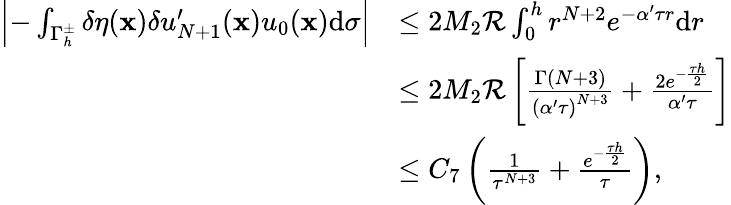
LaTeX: \begin{array}{rl}{\left|-\int_{{\Gamma_{h}^{\pm}}}\delta\eta(\mathbf x)\delta{u_{N+1}^{\prime}}(\mathbf x){u_{0}}(\mathbf x)\mathrm d\sigma\right|}&{\leq 2M_{2}\mathcal{R}\int_{0}^{h}{{r^{N+2}}{e^{-\alpha^{\prime}\tau r}}\mathrm dr}}\\ &{\leq 2M_{2}\mathcal{R}\left[{\frac{\Gamma(N+3)}{{{(\alpha^{\prime}\tau)}^{N+3}}}}+{\frac{2{e^{-{\frac{\tau h}{2}}}}}{\alpha^{\prime}\tau}}\right]}\\ &{\leq{C_{7}}\left({\frac{1}{{\tau^{N+3}}}}+{\frac{{e^{-{\frac{\tau h}{2}}}}}{\tau}}\right),}\end{array}